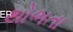
થોભતા